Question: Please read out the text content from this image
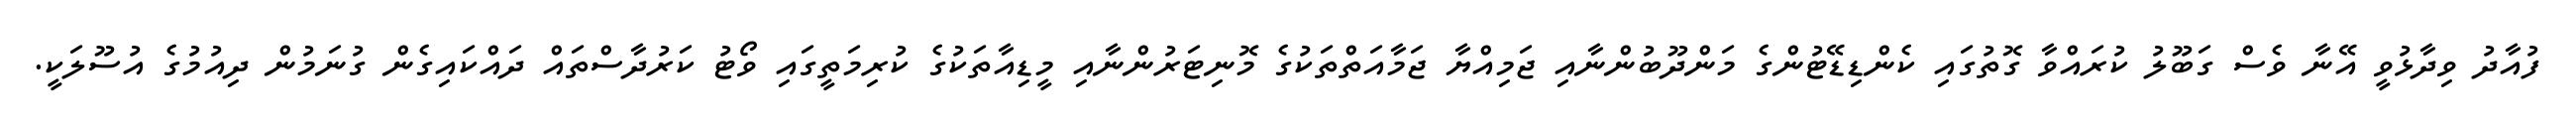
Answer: ފުއާދު ވިދާޅުވީ އޭނާ ވެސް ގަބޫލު ކުރައްވާ ގޮތުގައި ކެންޑިޑޭޓުންގެ މަންދޫބުންނާއި ޖަމިއްޔާ ޖަމާއަތްތަކުގެ މޮނިޓަރުންނާއި މީޑިއާތަކުގެ ކުރިމަތީގައި ވޯޓު ކަރުދާސްތައް ދައްކައިގެން ގުނަމުން ދިއުމުގެ އުސޫލަކީ.